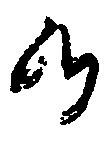
候